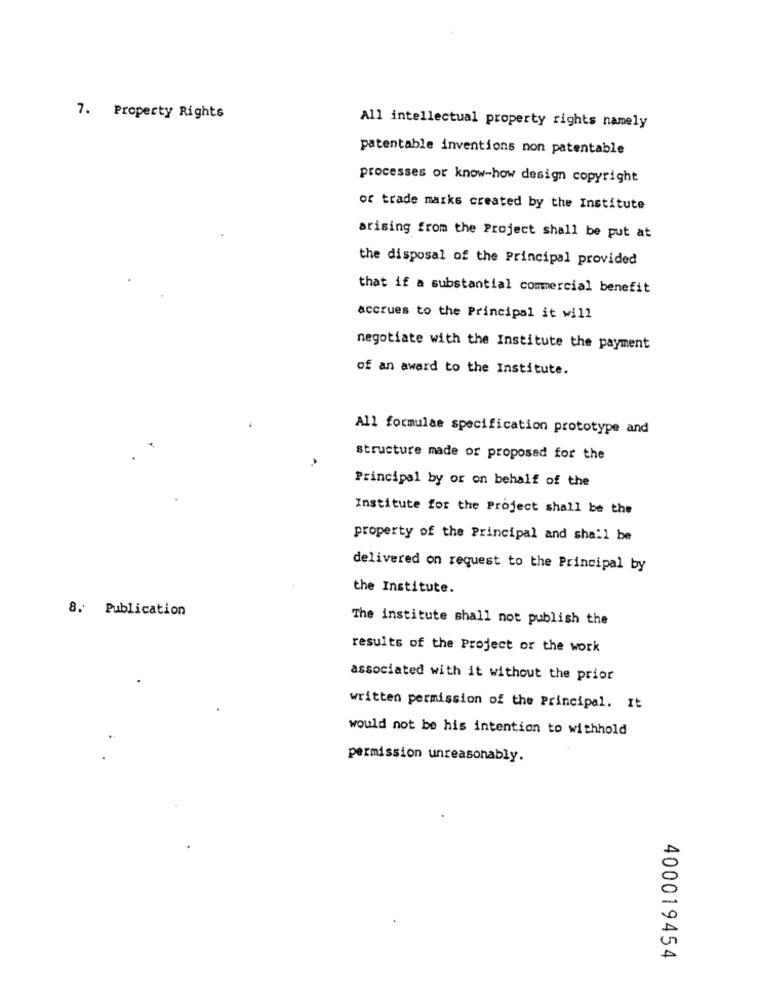
7. Property Rights
All intellectual property rights namely
patentable inventions non patentable
processes or know-how design copyright
of trade marks created by the Institute
arising from the Project shall be put at
the disposal of the Principal provided
that if a substantial commercial benefit
accrues to the Principal it will
negotiate with the Institute the payment
of an award to the Institute.
All formulae specification prototype and
structure made or proposed for the
Principal by or on behalf of the
Institute for the Project shall be the
property of the Principal and shall be
delivered on request to the Principal by
the Institute.
8. Publication
The institute shall not publish the
results of the Project or the work
associated with it without the prior
written permission of the Principal. It
would not be his intention to withhold
permission unreasonably.
0
A
400019454